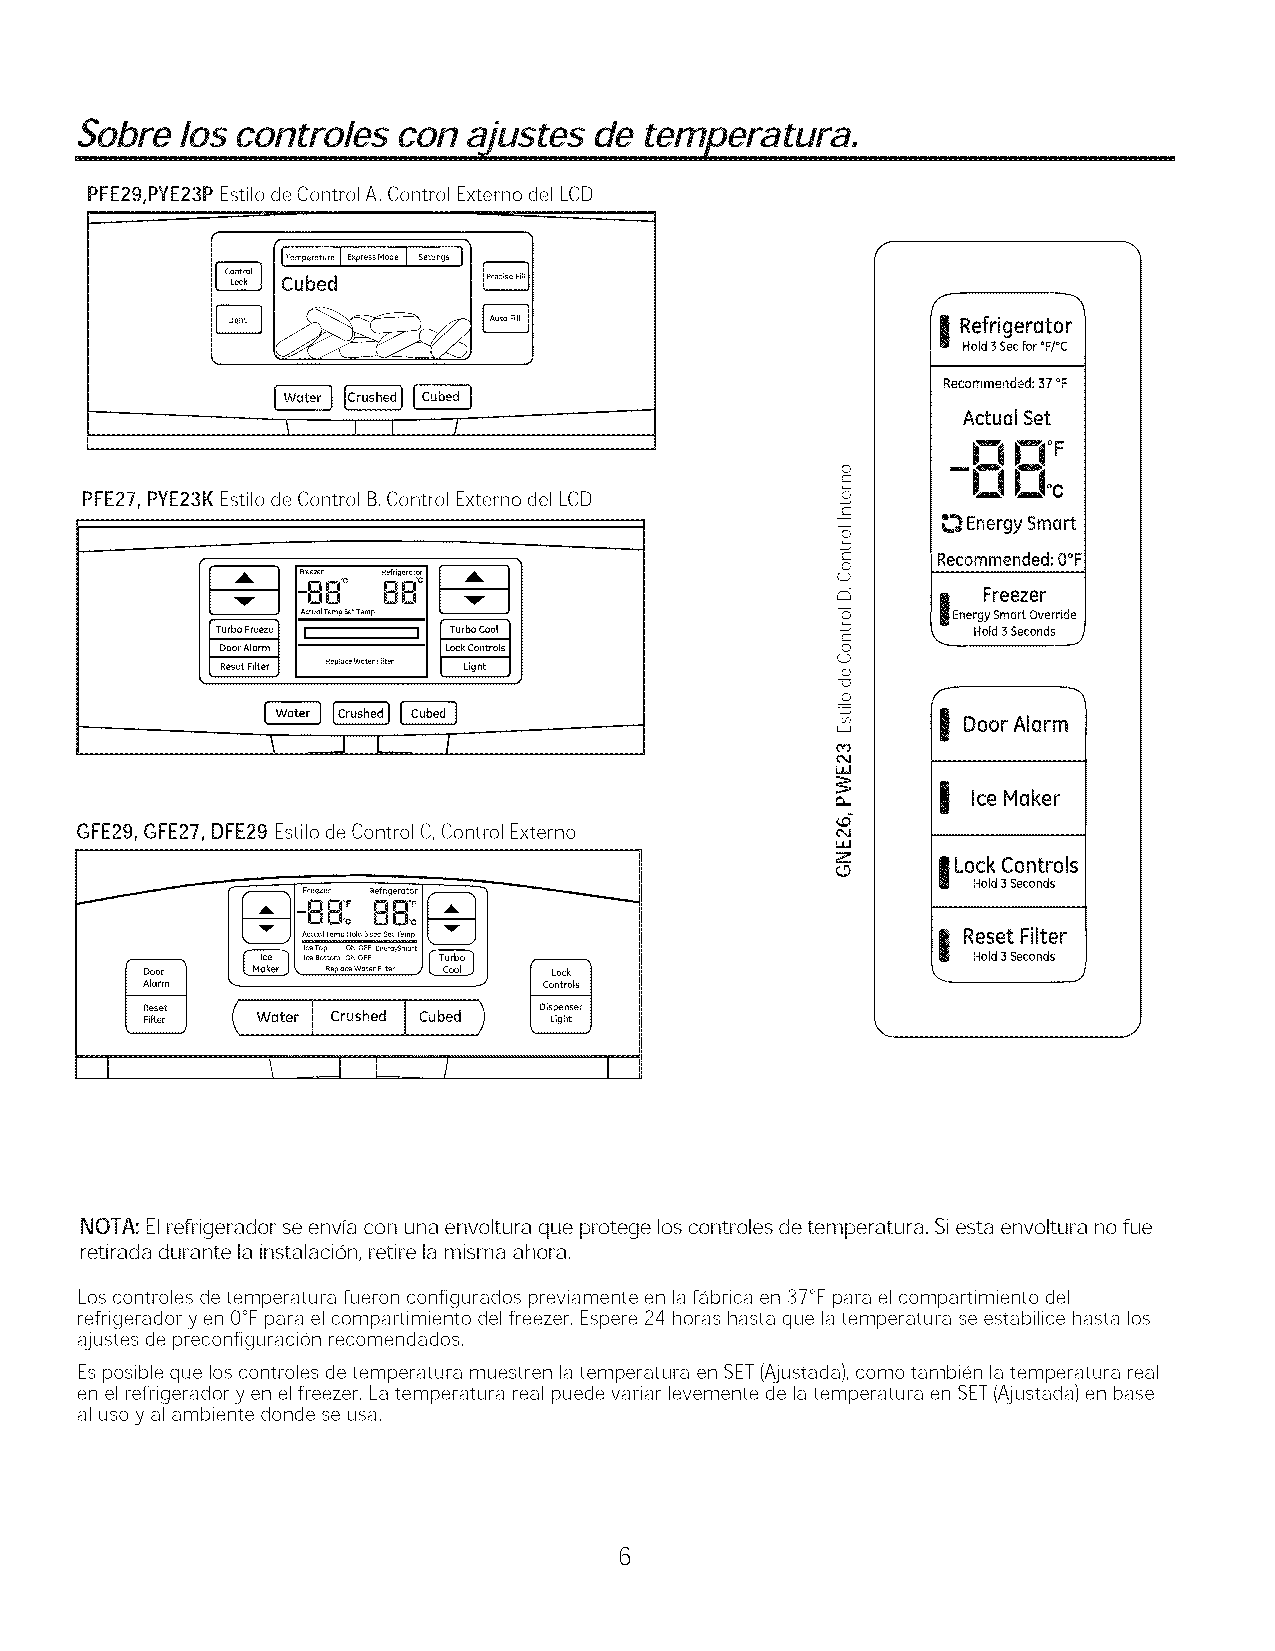
Sobre  los controles con  ajustes de  temperatura.
 PFE29,PYE23P Estilo de Control A, Control Externo del LCD
 I.........I............I........I
 Cubed
 I Refrigerator
 Hold3Secfor °F/°C
 %%%                                         Recommended:37°F
 Actual Set
 t          /
 -19 O°F
 l--l°c
 PFE27, PYE23K Estilo de Control B,Control Externo del LCD
 ¢-
 _,'_E.nergy Smart
 ¢-    Recommended:O°F
 C_                         O
 (.D
 i  Freezer
 Energy Srnort Override
 ¢-      Hold3Seconds__
 O
 (.D
 -C3
 ©     f
 L_J    I DoorAlarm
 \ ___1 L    /
 0,3
 ¢,4
 _,J
 t_     I IceHaker
 GFE29, GFE27, DFE29 Estilo de Control C,Control Externo
 Z ©    I LockControls
 Hold3Seconds
 I Reset Filter
 Hold3Seconds
 Rep[_ Wot_ Filter
 ( w0tec,,0 h0    )
 J
 NOTA: Elreffigerador se envia con una envoltura que protege los controles detemperatura. Siesta envoltura no fue
 retirada durante la instalacion, retire lamisma ahora.
 Los controles de temperatura fueron configurados previamente en lafabrica en 37°F para el compartimiento del
 refrigerador yen 0°F para el compartimiento del freezer, Espere 24 horas hasta que la temperatura se estabilice hasta los
 ajustes de preconfiguracion recomendados,
 Esposible que los controles de temperatura muestren la temperatura en SET(Ajustada), coma tambien la temperatura real
 en el refrigerador yen el freezer, La temperatura real puede variar levemente de latemperatura en SET(Ajustada) en base
 al usa y al ambiente donde se usa,